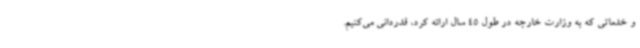
و خدماتی که به وزارت خارجه در طول 45 سال ارائه کرد، قدردانی می‌کنیم.